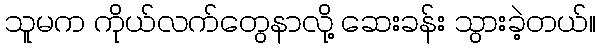
သူမက ကိုယ်လက်တွေနာလို့ ဆေးခန်း သွားခဲ့တယ်။